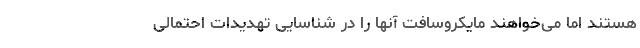
هستند اما می‌خواهند مایکروسافت آنها را در شناسایی تهدیدات احتمالی